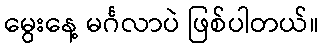
မွေးနေ့ မင်္ဂလာပဲ ဖြစ်ပါတယ်။